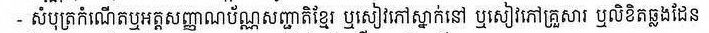
- សំបុ្រតកំណើតឬអត្តសញ្ញាណប័ណ្ណសញ្ជាតិខ្មែរ ឬសៀវភៅស្នាក់នៅ ឬសៀវភៅគ្រួសារ ឬលិខិតឆ្លងដែន